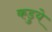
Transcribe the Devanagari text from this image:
कडुये